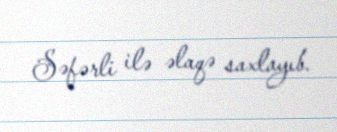
Səfərli ilə əlaqə saxlayıb.